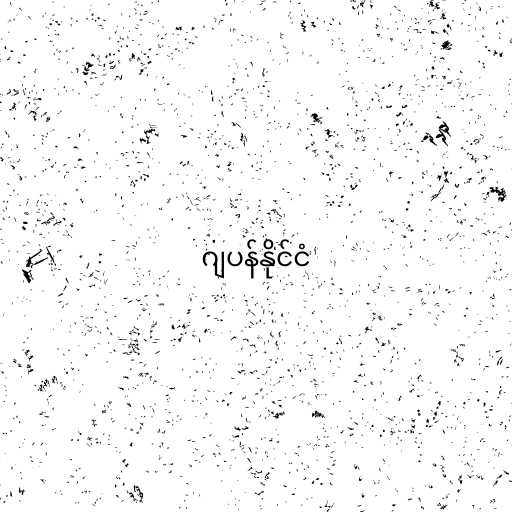
ဂျပန်နိုင်ငံ